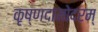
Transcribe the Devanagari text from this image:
कृष्णदामोदरम्